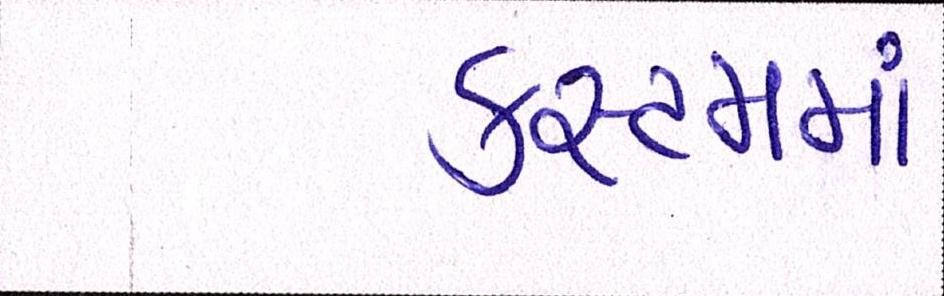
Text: કસ્ટમમાં